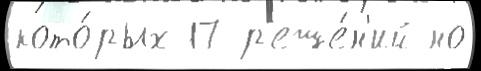
кото́рых 17 р'еше́н'ий но